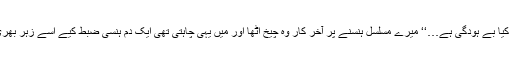
’’بس کرو ماورا…یہ کیا بے ہودگی ہے…‘‘ میرے مسلسل ہنسنے پر آخر کار وہ چیخ اٹھا اور میں یہی چاہتی تھی ایک دم ہنسی ضبط کیے اسے زہر بھری نظروں سے گھورا۔